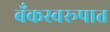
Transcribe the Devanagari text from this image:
बँकस्वरूपात